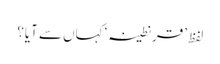
لفظ ’قرنطینہ‘ کہاں سے آیا؟